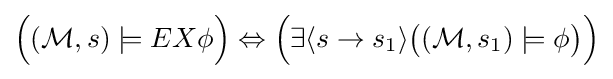
{\Big (}({\mathcal {M}},s)\models EX\phi {\Big )}\Leftrightarrow {\Big (}\exists \langle s\rightarrow s_{1}\rangle {\big (}({\mathcal {M}},s_{1})\models \phi {\big )}{\Big )}